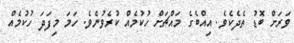
ވަރަށް ބޮޑު ތެދެކެވެ. އިއްބެގެ މައްޗަށް ހުކުމެއް ކުރެވުނެވެ. ހަމަ މިފަދަ ހުކުމެއް